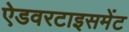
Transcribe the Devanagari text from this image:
ऐडवरटाइसमेंट